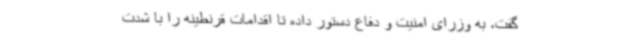
گفت، به وزرای امنیت و دفاع دستور داده تا اقدامات قرنطینه را با شدت